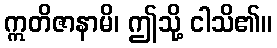
ဣတိဇာနာမိ၊ ဤသို့ ငါသိ၏။